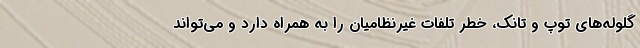
گلوله‌های توپ و تانک، خطر تلفات غیرنظامیان را به همراه دارد و می‌تواند